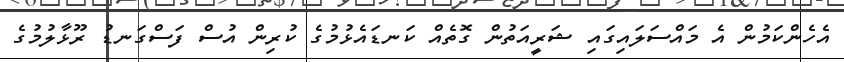
އެހެންކަމުން އެ މައްސަލައިގައި ޝަރީއަތުން ގޮތެއް ކަނޑައެޅުމުގެ ކުރިން އުސް ފަސްގަނޑު ރޫޅާލުމުގެ